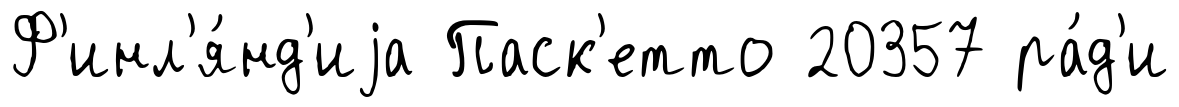
Ф'инл'я́нд'иjа Паск'етто 20357 ра́д'и